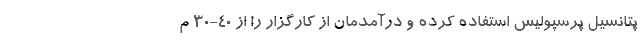
پتانسیل پرسپولیس استفاده کرده و درآمدمان از کارگزار را از 40-30 م